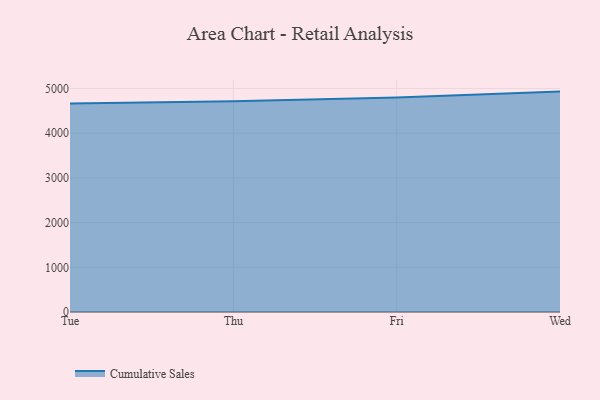
{"axis": {"x": "Day", "y": "Shipments"}, "legend": ["Cumulative Sales"], "data": [{"x": "Tue", "y": 4665.4, "type": "Cumulative Sales"}, {"x": "Thu", "y": 4717.4, "type": "Cumulative Sales"}, {"x": "Fri", "y": 4798.9, "type": "Cumulative Sales"}, {"x": "Wed", "y": 4930.8, "type": "Cumulative Sales"}]}